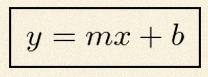
y=mx+b